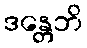
ဒန္တေဘိ